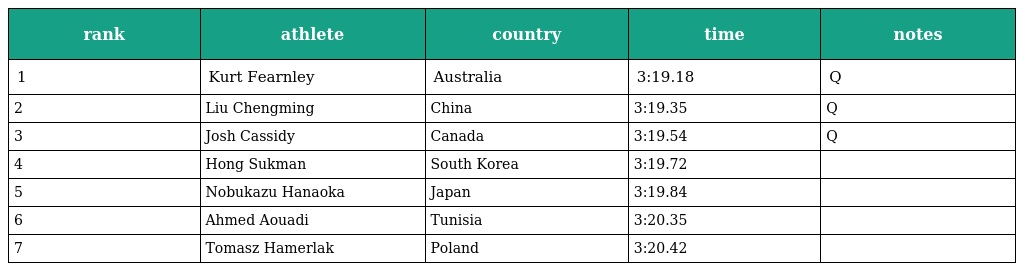
| rank | athlete | country | time | notes |
 | --- | --- | --- | --- | --- |
 | 1 | Kurt Fearnley | Australia | 3:19.18 | Q |
 | 2 | Liu Chengming | China | 3:19.35 | Q |
 | 3 | Josh Cassidy | Canada | 3:19.54 | Q |
 | 4 | Hong Sukman | South Korea | 3:19.72 |  |
 | 5 | Nobukazu Hanaoka | Japan | 3:19.84 |  |
 | 6 | Ahmed Aouadi | Tunisia | 3:20.35 |  |
 | 7 | Tomasz Hamerlak | Poland | 3:20.42 |  |